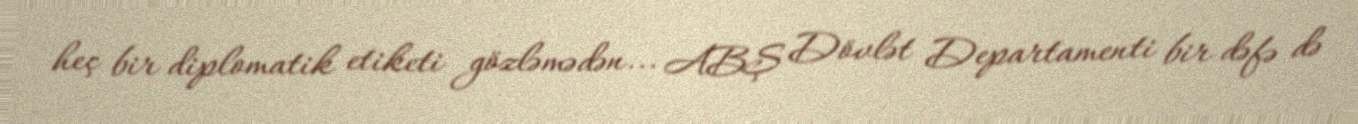
heç bir diplomatik etiketi gözləmədən... ABŞ Dövlət Departamenti bir dəfə də